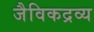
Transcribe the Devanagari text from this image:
जैविकद्रव्य